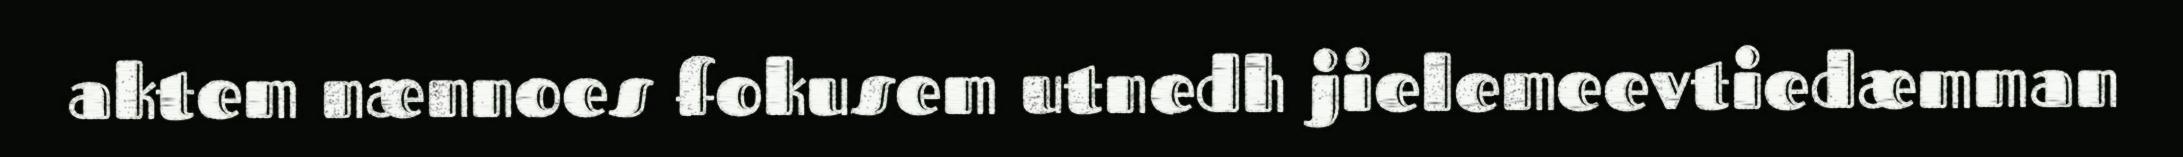
aktem nænnoes fokusem utnedh jielemeevtiedæmman